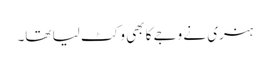
ہنری نے وجے کا بھی وکٹ لیا تھا۔